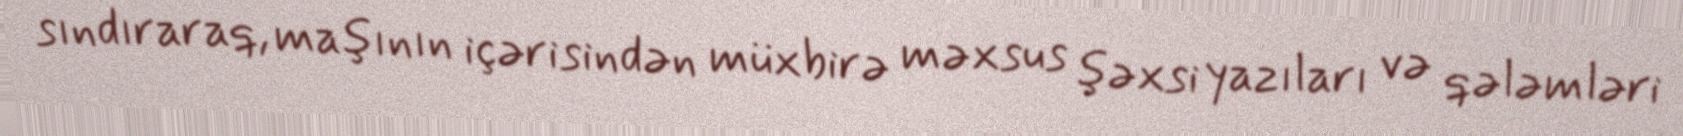
sındıraraq, maşının içərisindən müxbirə məxsus şəxsi yazıları və qələmləri